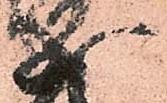
成